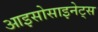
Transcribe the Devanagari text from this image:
आइसोसाइनेट्स